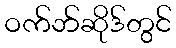
ဝက်ဘ်ဆိုဒ်တွင်